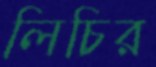
লিচির